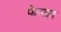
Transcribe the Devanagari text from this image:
फेन्सम